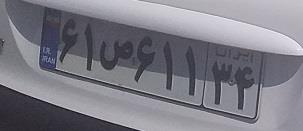
۶۱ص۶۱۱۳۴